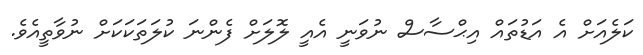
ކަލެއަށް އެ އަޑުތައް އިޙްސާސް ނުވަނީ އެއީ ލޮލަށް ފެންނަ ކުލަތަކަކަށް ނުވާތީއެވެ.